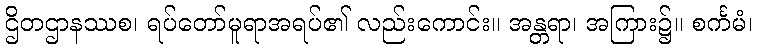
ဌိတဌာနဿစ၊ ရပ်တော်မူရာအရပ်၏ လည်းကောင်း။ အန္တရာ၊ အကြား၌။ စင်္ကမံ၊